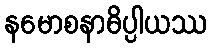
နမောစနာဓိပ္ပါယဿ